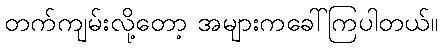
တက်ကျမ်းလို့တော့ အများကခေါ်ကြပါတယ်။